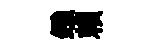
鏹賴